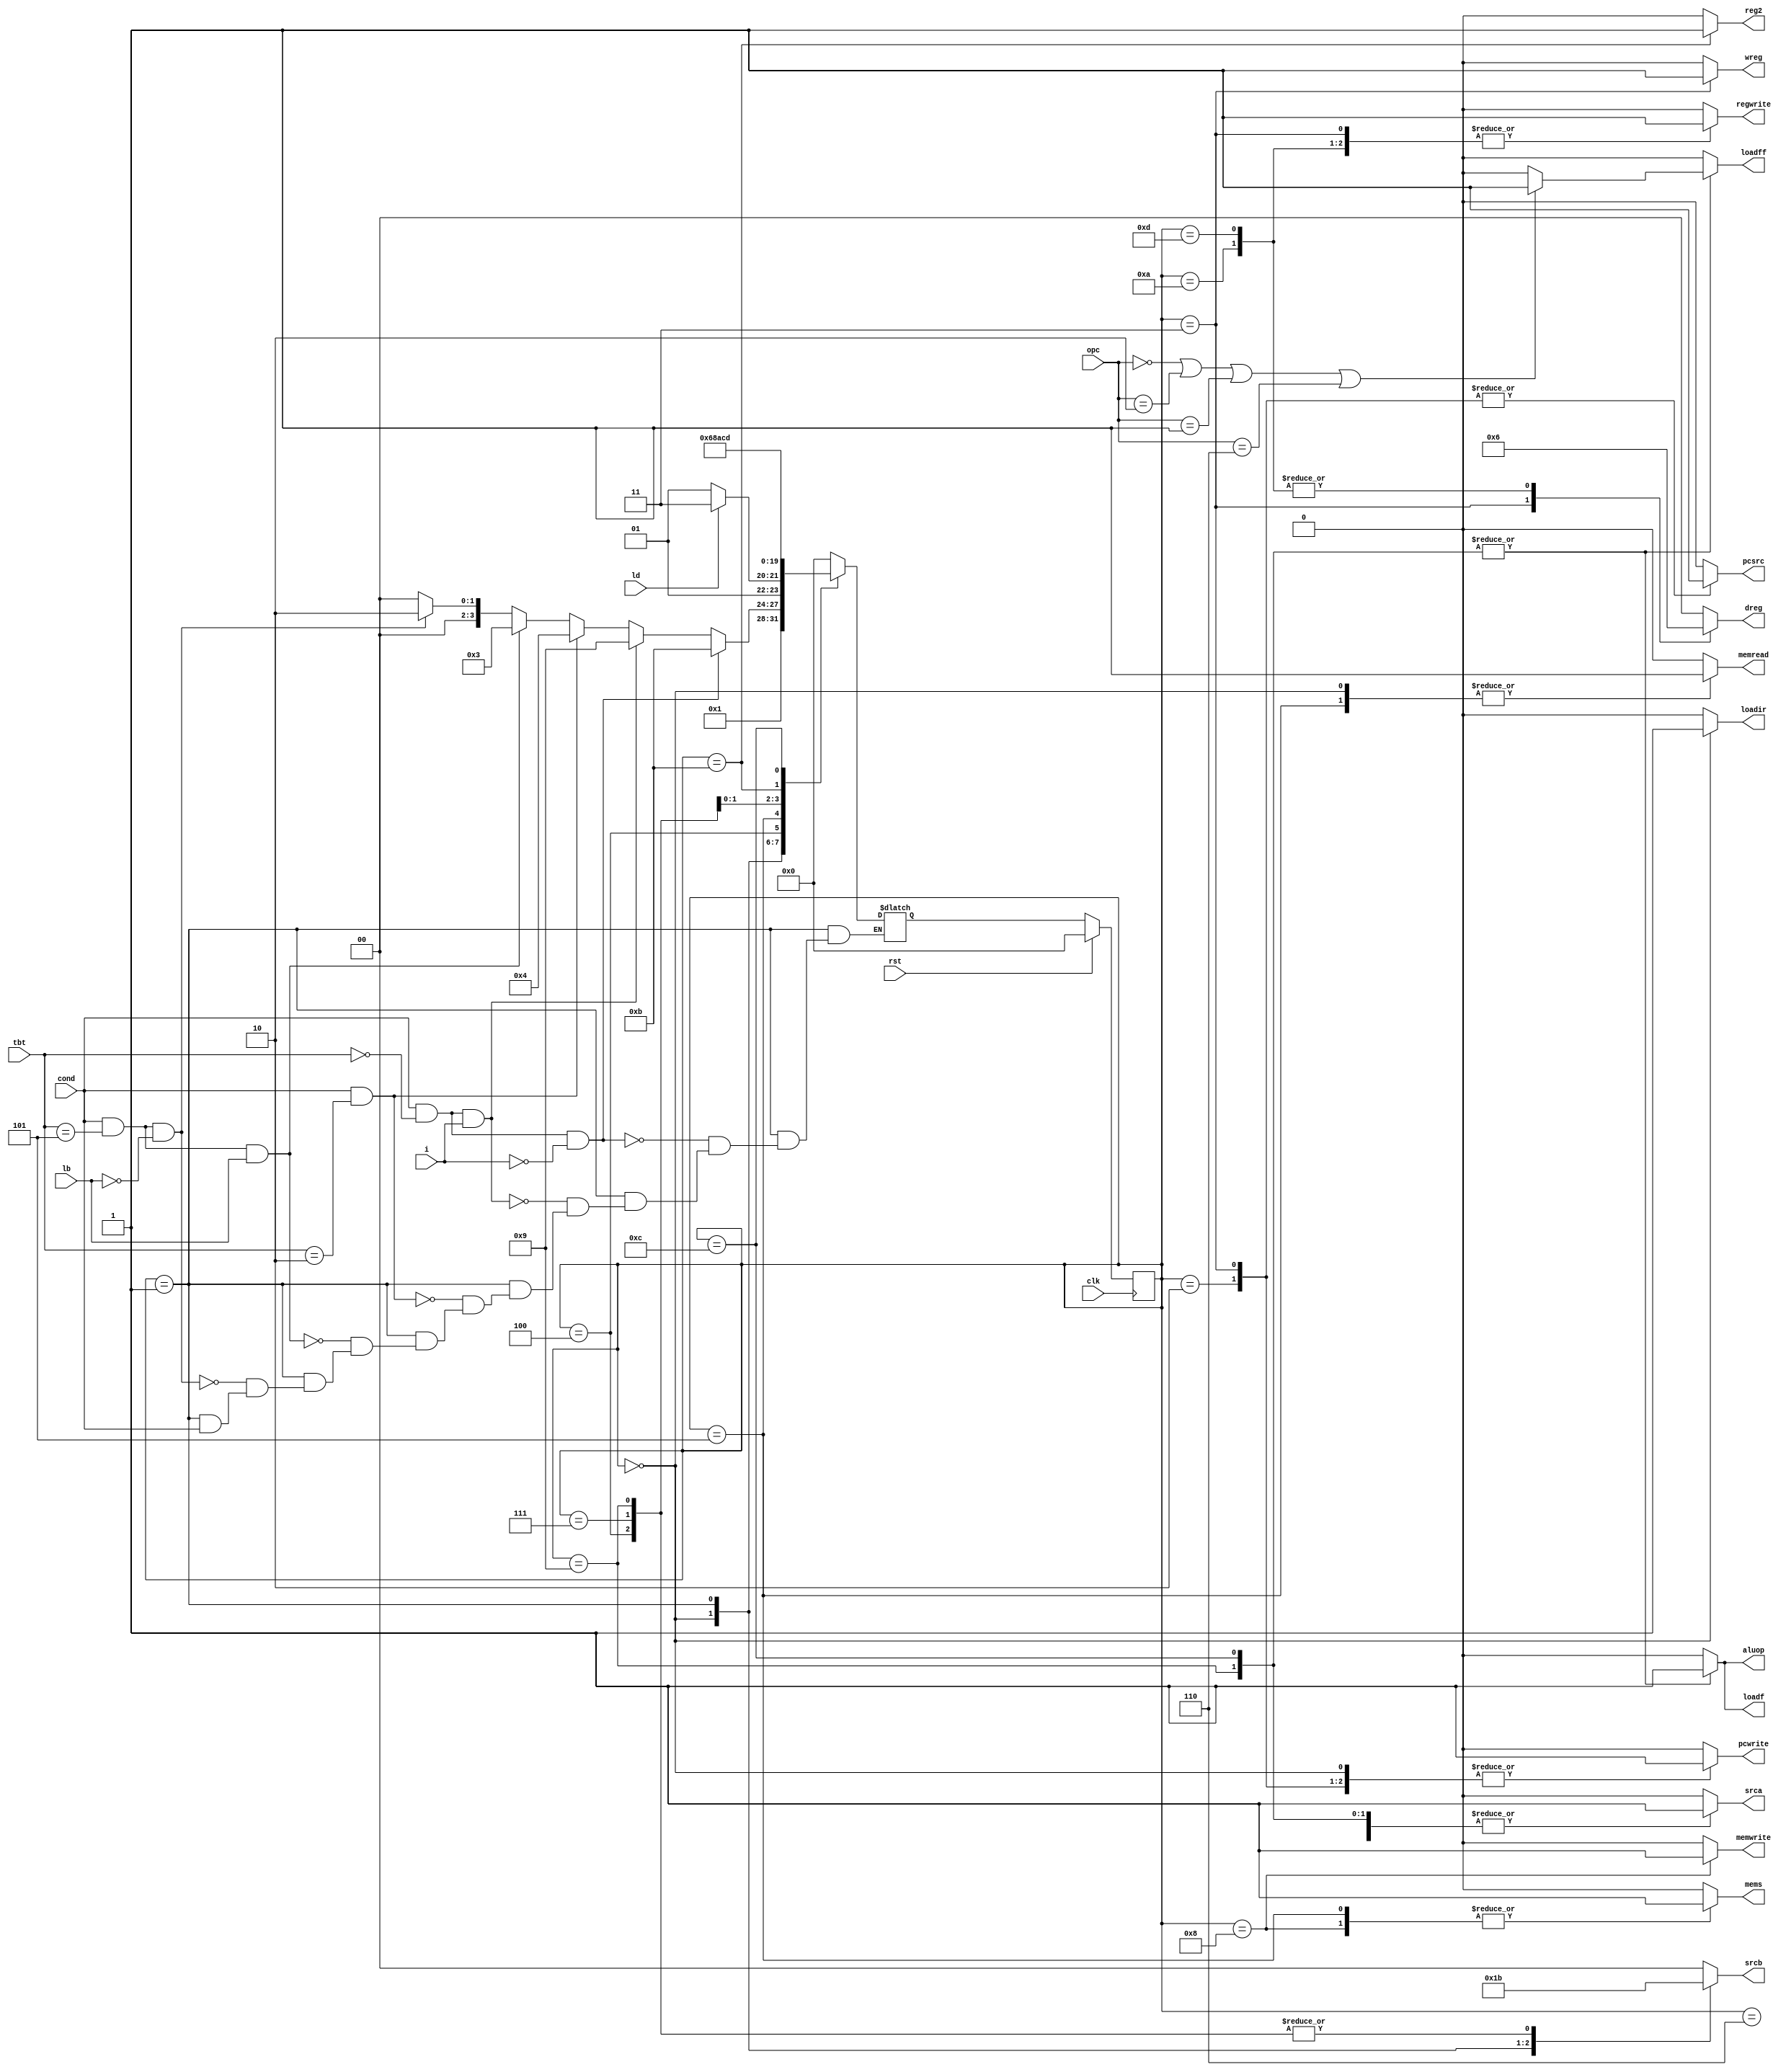
`timescale 1ns/1ns

`define if    4'd0
`define id    4'd1
`define b0    4'd2
`define b1    4'd3
`define dt    4'd4
`define dt01  4'd5
`define dt02  4'd6
`define dt11  4'd7
`define dt12  4'd8
`define dpi11 4'd9
`define dpi12 4'd10
`define dpi01 4'd11
`define dpi02 4'd12
`define dpi03 4'd13

module CTRL(clk,rst,tbt,opc,ld,lb,i,cond,pcsrc,pcwrite,mems,memwrite,memread,loadir,reg2,wreg,dreg,regwrite,srca,srcb,loadf,loadff,aluop);
	input clk,rst,cond,ld,lb,i;
	input [2:0]tbt,opc;
	output reg [1:0] srcb,dreg;
	output reg pcsrc,pcwrite,mems,memwrite,memread,loadir,reg2,wreg,regwrite,srca,loadf,loadff,aluop;
	reg [3:0] ps,ns;

	always @(posedge clk) begin
		if(rst)
			ps <= 4'd0;
		else
			ps <= ns;
	end
	
	always @(ps,cond,tbt,ld,lb,i) begin
		case(ps)
			`if    : ns = `id;
			`id    : begin 
				if(cond==1'b0) 
					 ns=`if;
		      		if(cond==1'b1 && tbt==3'b101 && lb==1'b0)
					 ns=`b0;
				if(cond==1'b1 && tbt==3'b101 && lb==1'b1)
					 ns=`b1;
			        if(cond==1'b1 && tbt==3'b010 )
				          ns=`dt;
                                if(cond==1'b1 && tbt==3'b000 && i==1'b1)
					  ns=`dpi11;
                                if(cond==1'b1 && tbt==3'b000 && i==1'b0) 
					  ns=`dpi01;
				end
			`b0    : ns = `if;
			`b1    : ns = `if;
			`dt    : ns = ld?`dt11:`dt01;
			`dt01  : ns = `dt02;
			`dt02  : ns = `if;
			`dt11  : ns = `dt12;
			`dt12  : ns = `if;
			`dpi11 : ns = `dpi12;
			`dpi12 : ns = `if; 
			`dpi01 : ns = `dpi02;
			`dpi02 : ns = `dpi03;
			`dpi03 : ns = `if;
			 default: ns = `if;
		endcase
	end

	always @(ps,opc) begin
		{pcsrc,pcwrite,mems,memwrite,memread,loadir,reg2,wreg,regwrite,srca,loadf,loadff,aluop,srcb,dreg}=17'd0;
		case(ps)
			`if    : begin mems=1'd0;pcwrite=1'd1;memread=1'd1;loadir=1'd1;srca=1'd0;srcb=2'd1;pcsrc=1'd0;aluop=1'd0;end 
			`id    : begin srca=1'd0;srcb=2'd2;aluop=1'd0 ; end
			`b0    : begin pcsrc=1'd1;pcwrite=1'b1; end
			`b1    : begin wreg=1'd1;dreg=2'd1;regwrite=1'd1;pcsrc=1'd1;pcwrite=1'b1; end
			`dt    : begin srca=1'd1;srcb=2'd3;aluop=1'd0;end
			`dt01  : begin mems=1'd1;memread=1'd1; end
			`dt02  : begin wreg=1'd0;dreg=2'd0;regwrite=1'd1; end
			`dt11  : begin reg2=1'd0;srca=1'd1;srcb=2'd3;aluop=1'd0; end
			`dt12  : begin mems=1'd1;memwrite=1'd1; end
			`dpi11 : begin srca=1'd1;srcb=2'd3;aluop=1'd1;loadf=1'd1;
				 if(opc==3'b000 || opc==3'b010 || opc==3'b001 || opc==3'b110) loadff=1'b1; end
			`dpi12 : begin dreg=2'd2;wreg=1'd0;regwrite=1'd1; end
			`dpi01 : begin reg2=1'd1; end
			`dpi02 : begin srca=1'd1;srcb=2'd0;aluop=1'd1;loadf=1'd1;
				 if(opc==3'b000 || opc==3'b010 || opc==3'b001 || opc==3'b110) loadff=1'b1; end
			`dpi03 : begin dreg=2'd2;wreg=1'd0;regwrite=1'd1; end
		endcase
	end

endmodule

module ALUCONTROLLER(aluop,opc,aluoperation);
	input aluop;
	input [2:0] opc;
	output reg [2:0]aluoperation;
	always @(aluop,opc) begin
		if(aluop==1'b0)
			aluoperation=3'b000;
		if(aluop==1'b1) begin
			case(opc)
				3'b000: aluoperation=3'b000;
				3'b001: aluoperation=3'b001;
				3'b101: aluoperation=3'b001;
				3'b110: aluoperation=3'b001;
				3'b011: aluoperation=3'b010;
				3'b101: aluoperation=3'b010;
				3'b100: aluoperation=3'b100;
				3'b111: aluoperation=3'b011;	
			endcase
		end
	end	
endmodule

module COND(C,z,n,v,cond);
	input [1:0]C;
	input z,n,v;
	output reg cond;
	always@(C,z,n,v) begin
		cond=1'b0;
		if(C==2'b00) begin
			if(z==1'b1)
				cond=1'b1;
		end
		if(C==2'b01) begin
			if({z,n}==2'b00)
				cond=1'b1;	
		end
		if(C==2'b10) begin
			if(n^v)
				cond=1'b1;
		end
		if(C==2'b11) begin
			cond=1'b1;	
		end
	end
endmodule